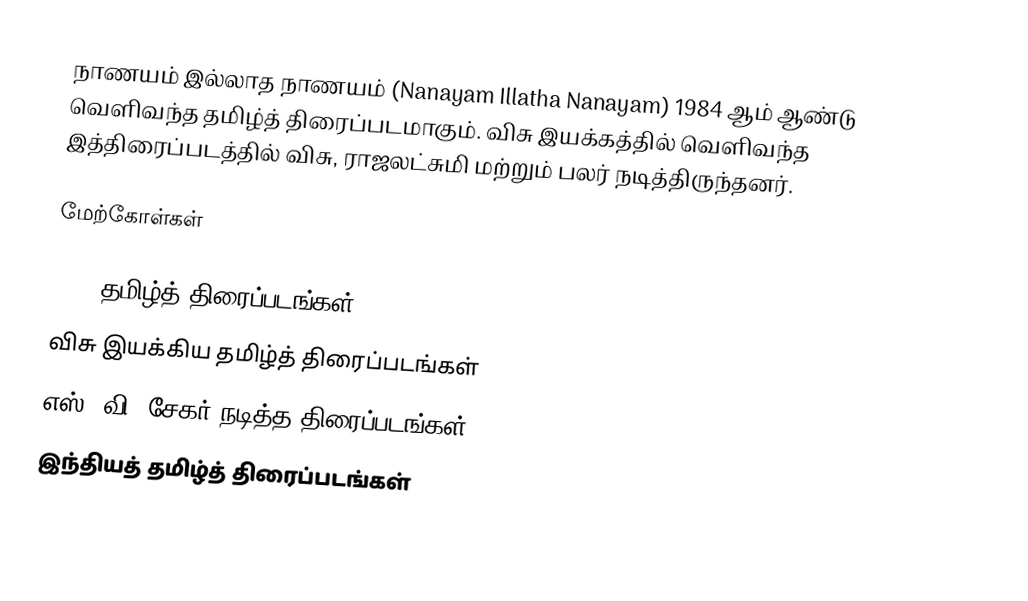
நாணயம் இல்லாத நாணயம் (Nanayam Illatha Nanayam) 1984 ஆம் ஆண்டு வெளிவந்த தமிழ்த் திரைப்படமாகும். விசு இயக்கத்தில் வெளிவந்த இத்திரைப்படத்தில் விசு, ராஜலட்சுமி மற்றும் பலர் நடித்திருந்தனர்.

மேற்கோள்கள்

1984 தமிழ்த் திரைப்படங்கள்
விசு இயக்கிய தமிழ்த் திரைப்படங்கள்
எஸ். வி. சேகர் நடித்த திரைப்படங்கள்
இந்தியத் தமிழ்த் திரைப்படங்கள்